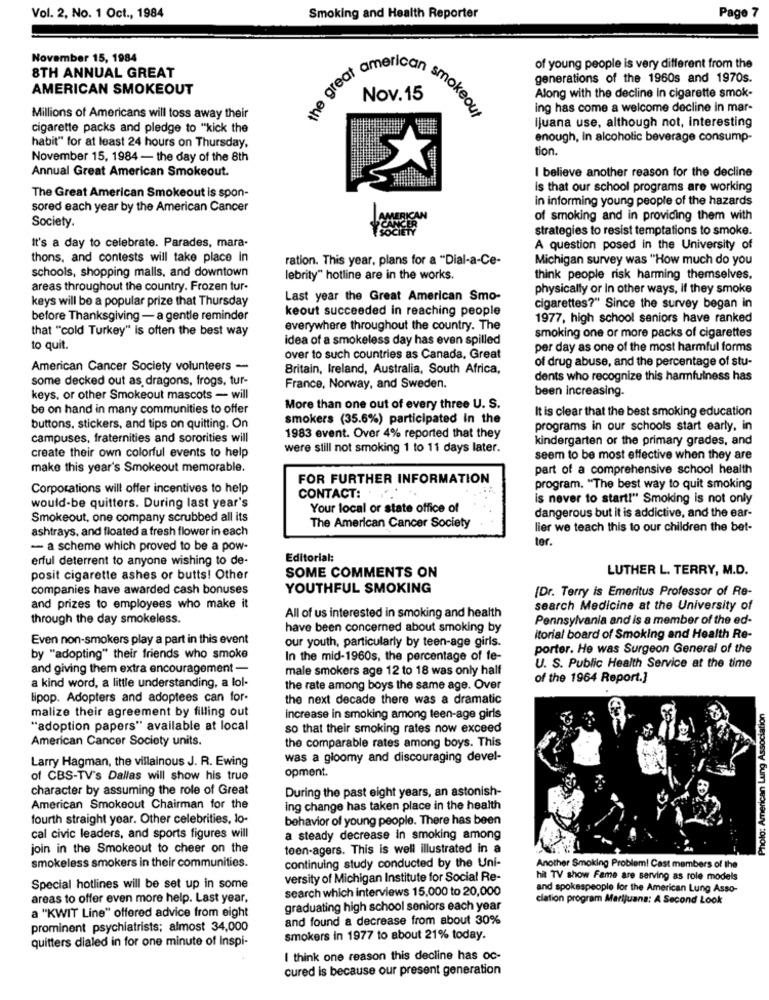
Vol. 2, No. 1 Oct ., 1984
Smoking and Health Reporter
Page 7
November 15, 1984
the great an
Porican
of young people is very different from the
8TH ANNUAL GREAT
generations of the 1960s and 1970s.
AMERICAN SMOKEOUT
Along with the decline In cigarette smok-
ing has come a welcome decline in mar-
Millions of Americans will toss away their
re gret Nov.15 smokeout
on smokeout
Ijuana use, although not, interesting
cigarette packs and pledge to "kick the
enough, In alcoholic beverage consump-
habit" for at least 24 hours on Thursday,
tion.
November 15, 1984 - the day of the 8th
Annual Great American Smokeout.
I believe another reason for the decline
is that our school programs are working
The Great American Smokeout is spon-
in informing young people of the hazards
sored each year by the American Cancer
Society.
of smoking and in providing them with
strategies to resist temptations to smoke.
It's a day to celebrate. Parades, mara-
A question posed in the University of
thons, and contests will take place in
ration. This year, plans for a "Dial-a-Ce-
Michigan survey was "How much do you
schools, shopping malls, and downtown
lebrity" hotline are in the works.
think people risk harming themselves.
areas throughout the country. Frozen tur-
physically or In other ways, If they smoke
keys will be a popular prize that Thursday
Last year the Great American Smo-
keout succeeded in reaching people
cigarettes?" Since the survey began in
before Thanksgiving - a gentle reminder
1977, high school seniors have ranked
that "cold Turkey" is often the best way
everywhere throughout the country. The
smoking one or more packs of cigarettes
idea of a smokeless day has even spilled
to quit.
per day as one of the most harmful forms
over to such countries as Canada, Great
of drug abuse, and the percentage of stu-
American Cancer Society volunteers -
Britain, Ireland, Australia, South Africa,
some decked out as dragons, frogs, tur-
dents who recognize this harmfulness has
France, Norway, and Sweden.
been increasing.
keys, or other Smokeout mascots - will
be on hand in many communities to offer
More than one out of every three U. S.
It is clear that the best smoking education
smokers (35.6%) participated in the
buttons. stickers, and tips on quitting. On
programs in our schools start early, in
campuses, fraternities and sororities will
1983 event. Over 4% reported that they
kindergarten or the primary grades, and
were still not smoking 1 to 11 days later.
create their own colorful events to help
seem to be most effective when they are
make this year's Smokeout memorable.
part of a comprehensive school health
FOR FURTHER INFORMATION
Corporations will offer incentives to help
program. "The best way to quit smoking
CONTACT:
is never to start!" Smoking is not only
would-be quitters. During last year's
Your local or state office of
Smokeout, one company scrubbed all its
dangerous but it is addictive, and the ear-
ashtrays, and floated a fresh flower in each
The American Cancer Society
lier we teach this to our children the bet-
ter.
- a scheme which proved to be a pow-
erful deterrent to anyone wishing to de-
Editorial:
LUTHER L. TERRY, M.D.
posit cigarette ashes or butts! Other
SOME COMMENTS ON
companies have awarded cash bonuses
YOUTHFUL SMOKING
(Dr. Terry is Emeritus Professor of Re-
and prizes to employees who make it
search Medicine at the University of
through the day smokeless.
All of us interested in smoking and health
Pennsylvania and is a member of the ed-
have been concerned about smoking by
Even non-smokers play a part in this event
our youth, particularly by teen-age girls.
itorial board of Smoking and Health Re-
porter. He was Surgeon General of the
by "adopting" their friends who smoke
In the mid-1960s, the percentage of fe-
and giving them extra encouragement -
male smokers age 12 to 18 was only half
U. S. Public Health Service at the time
of the 1964 Report.]
a kind word, a little understanding, a lol-
the rate among boys the same age. Over
lipop. Adopters and adoptees can for-
the next decade there was a dramatic
malize their agreement by filling out
increase in smoking among teen-age girls
Photo: American Lung Associa
"adoption papers" available at local
so that their smoking rates now exceed
American Cancer Society units.
the comparable rates among boys. This
Larry Hagman, the villainous J. R. Ewing
was a gloomy and discouraging devel-
opment.
of CBS-TV's Dallas will show his true
character by assuming the role of Great
During the past eight years, an astonish-
American Smokeout Chairman for the
ing change has taken place in the health
fourth straight year. Other celebrities, lo-
behavior of young people. There has been
cal civic leaders, and sports figures will
a steady decrease in smoking among
join in the Smokeout to cheer on the
teen-agers. This is well illustrated in a
continuing study conducted by the Uni-
smokeless smokers in their communities.
Another Smoking Problem! Cast members of the
versity of Michigan Institute for Social Re-
hit TV show Fame are serving as role models
Special hotlines will be set up in some
search which interviews 15,000 to 20,000
and spokespeople for the American Lung Asso-
areas to offer even more help. Last year.
clation program Marijuana: A Second Look
graduating high school seniors each year
a "KWIT Line" offered advice from eight
and found a decrease from about 30%
prominent psychiatrists; almost 34,000
smokers in 1977 to about 21% today.
quitters dialed in for one minute of Inspi-
I think one reason this decline has oc-
cured is because our present generation